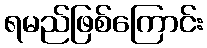
ရမည်ဖြစ်ကြောင်း